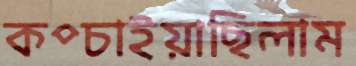
কপ্‌চাইয়াছিলাম